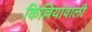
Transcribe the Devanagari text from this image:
किल्लियांवाली